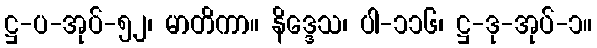
ဋ္ဌ-ပ-အုပ်-၅၂၊ မာတိကာ။ နိဒ္ဒေသ၊ ပါ-၁၁၆၊ ဋ္ဌ-ဒု-အုပ်-၁။